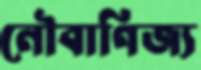
নৌবাণিজ্য